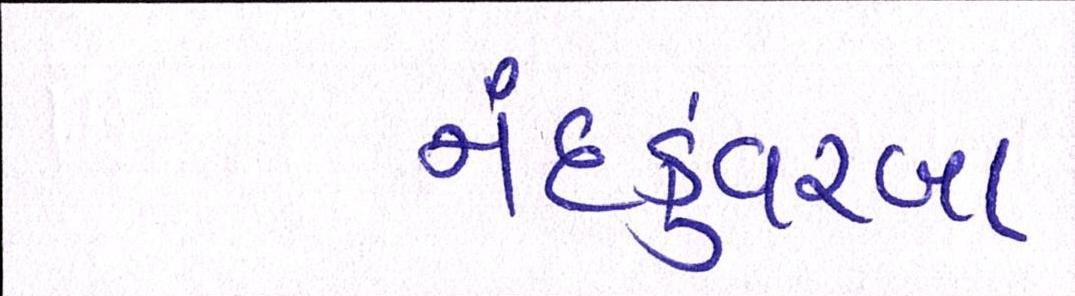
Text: નંદકુંવરબા